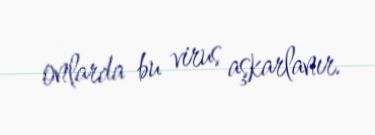
onlarda bu virus aşkarlanır.